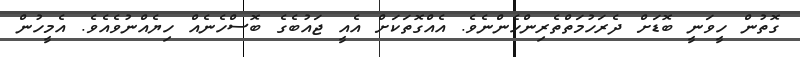
ގޮތުން ހީވަނީ ބޮޑަށް ދެރަހުމަތްތެރިންހެންނެވެ. އެއްގޮތަކަށް އެއީ ޖައުބެގެ ބޮސްހެނެއް ހިޔެއްނުވެއެވެ. އެމީހުން